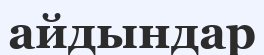
айдындар